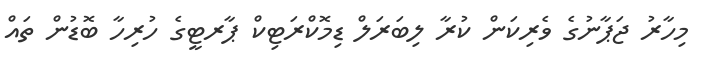
މިހާރު ޖަޕާނުގެ ވެރިކަން ކުރާ ލިބަރަލް ޑިމޮކްރަޓިކް ޕާރޓީގެ ހުރިހާ ބޮޑުން ތައް